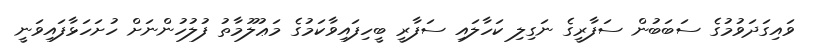
ވައިގަދަވުމުގެ ސަބަބުން ސަފާރީގެ ނަގިލި ކަހާލައި ސަފާރީ ބީހިފައިވާކަމުގެ މަޢުލޫމާތު ފުލުހުންނަށް ހުށަހަޅާފައިވަނީ